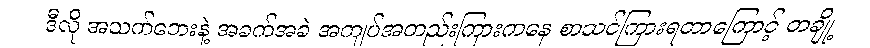
ဒီလို အသက်ဘေးနဲ့ အခက်အခဲ အကျပ်အတည်းကြားကနေ စာသင်ကြားရတာကြောင့် တချို့